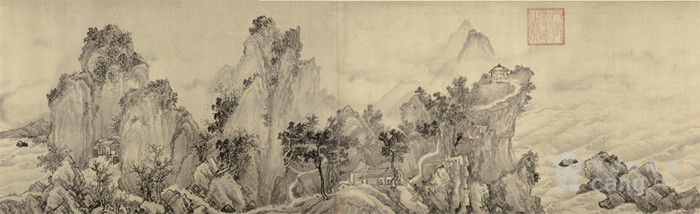
卷峭寒万里，平沙飞雪。